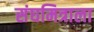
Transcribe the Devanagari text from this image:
संघमित्राला